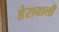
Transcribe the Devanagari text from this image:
डेरावाली